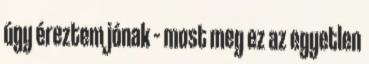
úgy éreztem jónak – most meg ez az egyetlen